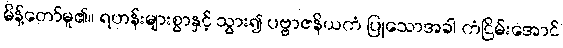
မိန့်တော်မူ၏။ ရဟန်းများစွာနှင့် သွား၍ ပဗ္ဗာဇနိယကံ ပြုသောအခါ ကံငြိမ်းအောင်